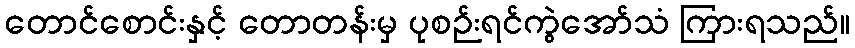
တောင်စောင်းနှင့် တောတန်းမှ ပုစဉ်းရင်ကွဲအော်သံ ကြားရသည်။